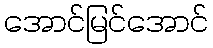
အောင်မြင်အောင်